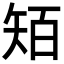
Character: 𥏄